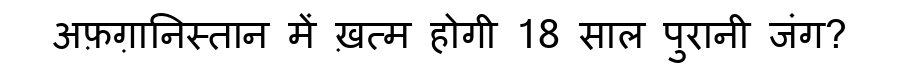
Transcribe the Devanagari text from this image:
अफ़ग़ानिस्तान में ख़त्म होगी 18 साल पुरानी जंग?